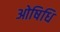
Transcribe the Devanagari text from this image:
ओषिधि